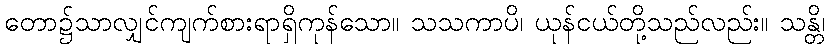
တော၌သာလျှင်ကျက်စားရာရှိကုန်သော။ သသကာပိ၊ ယုန်ငယ်တို့သည်လည်း။ သန္တိ၊